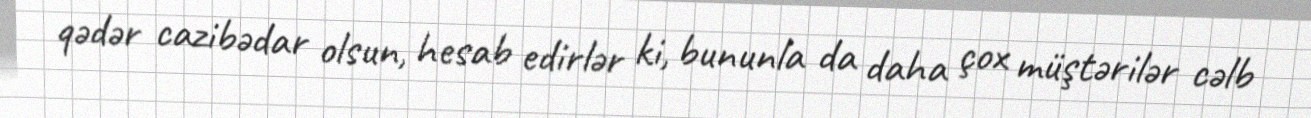
qədər cazibədar olsun, hesab edirlər ki, bununla da daha çox müştərilər cəlb